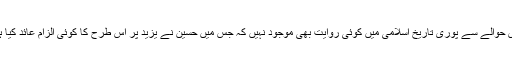
اس حوالے سے پوری تاریخ اسلامی میں کوئی روایت بھی موجود نہیں کہ جس میں حسینؓ نے یزید پر اس طرح کا کوئی الزام عائد کیا ہو۔